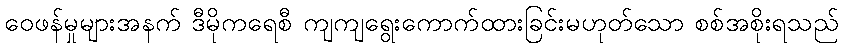
ဝေဖန်မှုများအနက် ဒီမိုကရေစီ ကျကျရွေးကောက်ထားခြင်းမဟုတ်သော စစ်အစိုးရသည်